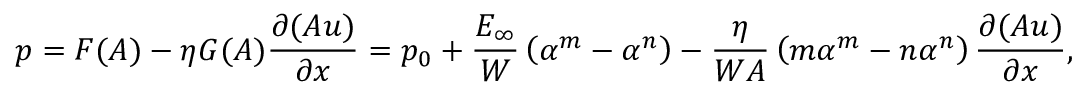
p = F ( A ) - \eta G ( A ) \frac { \partial ( A u ) } { \partial x } = p _ { 0 } + \frac { E _ { \infty } } { W } \left( \alpha ^ { m } - \alpha ^ { n } \right) - \frac { \eta } { W A } \left( m \alpha ^ { m } - n \alpha ^ { n } \right) \frac { \partial ( A u ) } { \partial x } ,